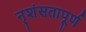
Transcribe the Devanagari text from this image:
नृशंसतापूर्ण